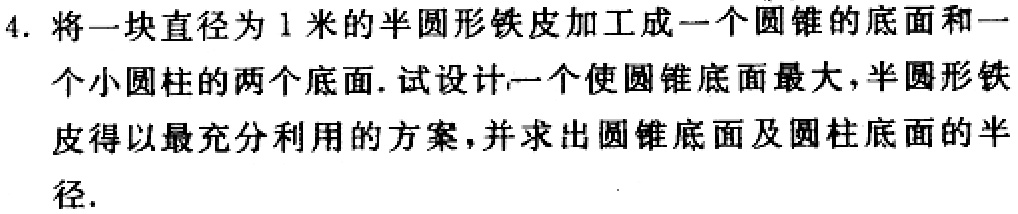
4. 将一块直径为1米的半圆形铁皮加工成一个圆锥的底面和一个小圆柱的两个底面. 试设计一个使圆锥底面最大, 半圆形铁皮得以最充分利用的方案, 并求出圆锥底面及圆柱底面的半径.